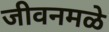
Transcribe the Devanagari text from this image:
जीवनमळे